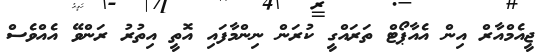
ޖީއެމްއާރް އިން އެއާޕޯޓް ތަރައްގީ ކުރަން ނިންމާފައި އޮތީ އިތުރު ރަންވޭ އެއްވެސް